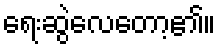
ရေးဆွဲလေတော့၏။